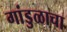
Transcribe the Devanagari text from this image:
गांडुळाचा